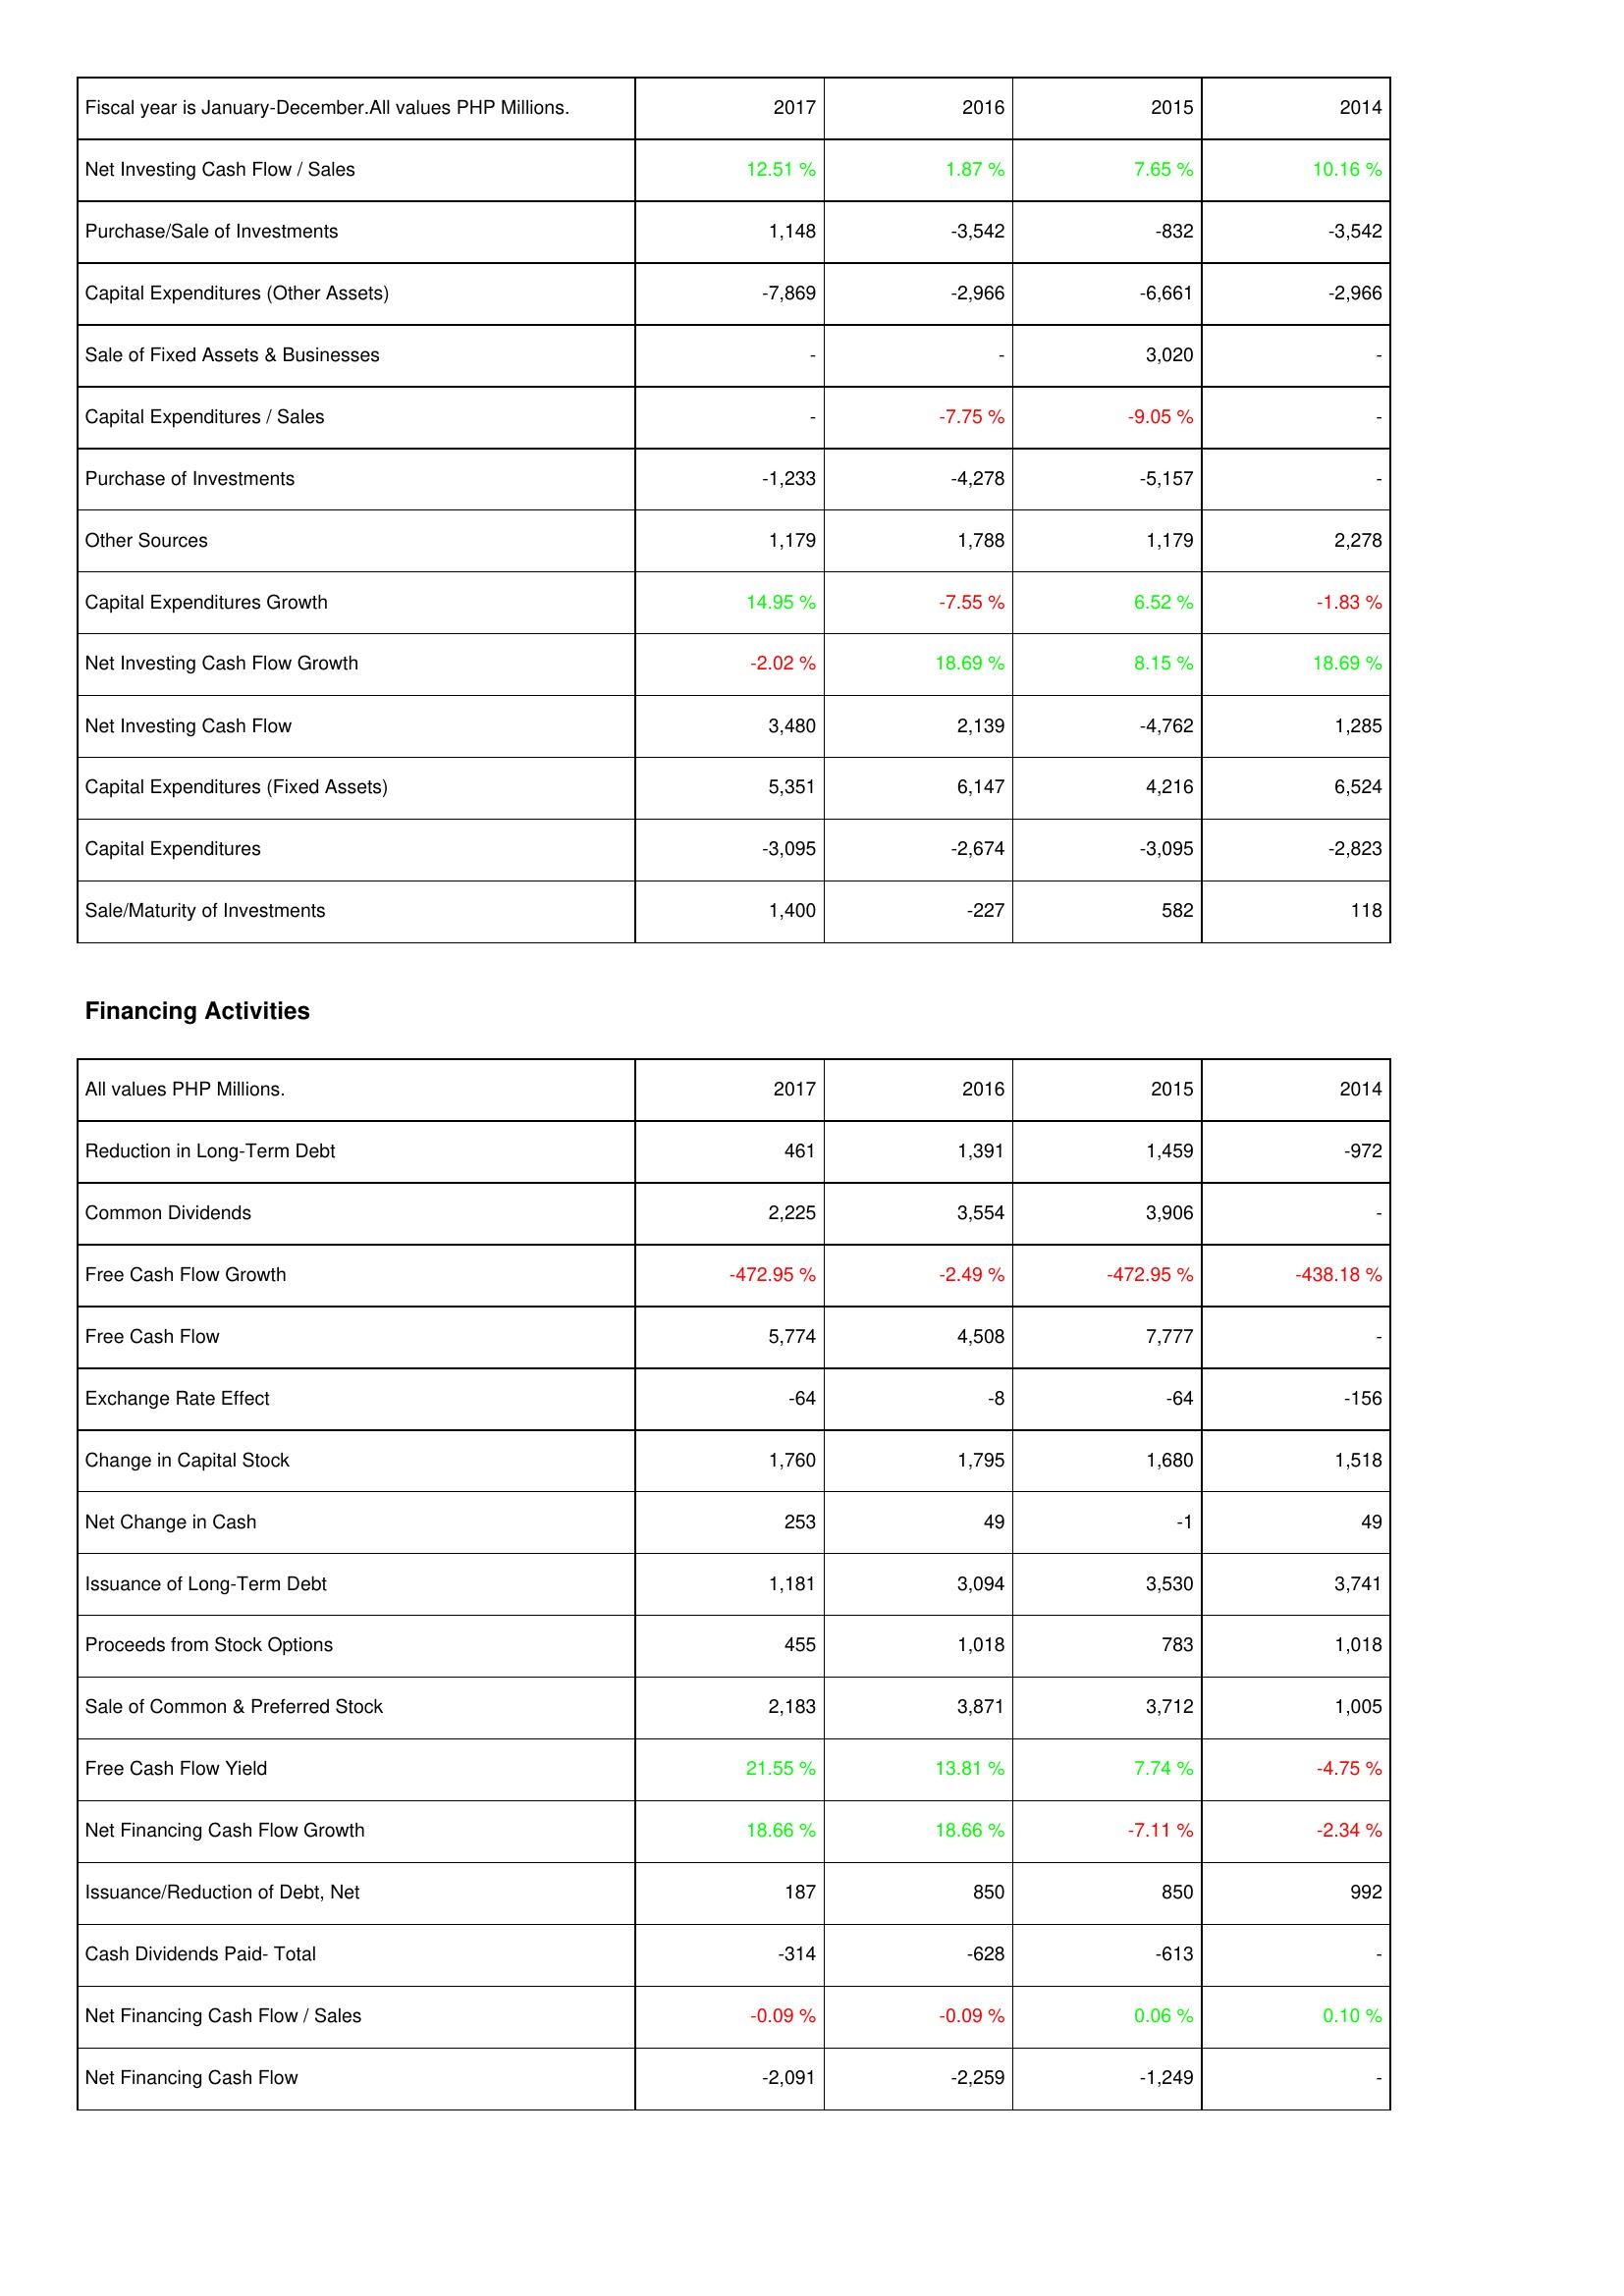
2017: Investing Activities: Net Investing Cash Flow / Sales: 12.51 %
Purchase/Sale of Investments: 1,148
Capital Expenditures (Other Assets): -7,869
Sale of Fixed Assets & Businesses: -
Capital Expenditures / Sales: -
Purchase of Investments: -1,233
Other Sources: 1,179
Capital Expenditures Growth: 14.95 %
Net Investing Cash Flow Growth: -2.02 %
Net Investing Cash Flow: 3,480
Capital Expenditures (Fixed Assets): 5,351
Capital Expenditures: -3,095
Sale/Maturity of Investments: 1,400
Financing Activities: Reduction in Long-Term Debt: 461
Common Dividends: 2,225
Free Cash Flow Growth: -472.95 %
Free Cash Flow: 5,774
Exchange Rate Effect: -64
Change in Capital Stock: 1,760
Net Change in Cash: 253
Issuance of Long-Term Debt: 1,181
Proceeds from Stock Options: 455
Sale of Common & Preferred Stock: 2,183
Free Cash Flow Yield: 21.55 %
Net Financing Cash Flow Growth: 18.66 %
Issuance/Reduction of Debt, Net: 187
Cash Dividends Paid- Total: -314
Net Financing Cash Flow / Sales: -0.09 %
Net Financing Cash Flow: -2,091
2016: Investing Activities: Net Investing Cash Flow / Sales: 1.87 %
Purchase/Sale of Investments: -3,542
Capital Expenditures (Other Assets): -2,966
Sale of Fixed Assets & Businesses: -
Capital Expenditures / Sales: -7.75 %
Purchase of Investments: -4,278
Other Sources: 1,788
Capital Expenditures Growth: -7.55 %
Net Investing Cash Flow Growth: 18.69 %
Net Investing Cash Flow: 2,139
Capital Expenditures (Fixed Assets): 6,147
Capital Expenditures: -2,674
Sale/Maturity of Investments: -227
Financing Activities: Reduction in Long-Term Debt: 1,391
Common Dividends: 3,554
Free Cash Flow Growth: -2.49 %
Free Cash Flow: 4,508
Exchange Rate Effect: -8
Change in Capital Stock: 1,795
Net Change in Cash: 49
Issuance of Long-Term Debt: 3,094
Proceeds from Stock Options: 1,018
Sale of Common & Preferred Stock: 3,871
Free Cash Flow Yield: 13.81 %
Net Financing Cash Flow Growth: 18.66 %
Issuance/Reduction of Debt, Net: 850
Cash Dividends Paid- Total: -628
Net Financing Cash Flow / Sales: -0.09 %
Net Financing Cash Flow: -2,259
2015: Investing Activities: Net Investing Cash Flow / Sales: 7.65 %
Purchase/Sale of Investments: -832
Capital Expenditures (Other Assets): -6,661
Sale of Fixed Assets & Businesses: 3,020
Capital Expenditures / Sales: -9.05 %
Purchase of Investments: -5,157
Other Sources: 1,179
Capital Expenditures Growth: 6.52 %
Net Investing Cash Flow Growth: 8.15 %
Net Investing Cash Flow: -4,762
Capital Expenditures (Fixed Assets): 4,216
Capital Expenditures: -3,095
Sale/Maturity of Investments: 582
Financing Activities: Reduction in Long-Term Debt: 1,459
Common Dividends: 3,906
Free Cash Flow Growth: -472.95 %
Free Cash Flow: 7,777
Exchange Rate Effect: -64
Change in Capital Stock: 1,680
Net Change in Cash: -1
Issuance of Long-Term Debt: 3,530
Proceeds from Stock Options: 783
Sale of Common & Preferred Stock: 3,712
Free Cash Flow Yield: 7.74 %
Net Financing Cash Flow Growth: -7.11 %
Issuance/Reduction of Debt, Net: 850
Cash Dividends Paid- Total: -613
Net Financing Cash Flow / Sales: 0.06 %
Net Financing Cash Flow: -1,249
2014: Investing Activities: Net Investing Cash Flow / Sales: 10.16 %
Purchase/Sale of Investments: -3,542
Capital Expenditures (Other Assets): -2,966
Sale of Fixed Assets & Businesses: -
Capital Expenditures / Sales: -
Purchase of Investments: -
Other Sources: 2,278
Capital Expenditures Growth: -1.83 %
Net Investing Cash Flow Growth: 18.69 %
Net Investing Cash Flow: 1,285
Capital Expenditures (Fixed Assets): 6,524
Capital Expenditures: -2,823
Sale/Maturity of Investments: 118
Financing Activities: Reduction in Long-Term Debt: -972
Common Dividends: -
Free Cash Flow Growth: -438.18 %
Free Cash Flow: -
Exchange Rate Effect: -156
Change in Capital Stock: 1,518
Net Change in Cash: 49
Issuance of Long-Term Debt: 3,741
Proceeds from Stock Options: 1,018
Sale of Common & Preferred Stock: 1,005
Free Cash Flow Yield: -4.75 %
Net Financing Cash Flow Growth: -2.34 %
Issuance/Reduction of Debt, Net: 992
Cash Dividends Paid- Total: -
Net Financing Cash Flow / Sales: 0.10 %
Net Financing Cash Flow: -